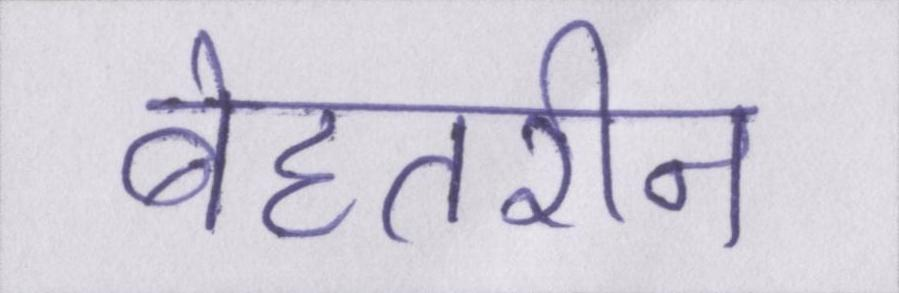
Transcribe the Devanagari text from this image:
बेहतरीन